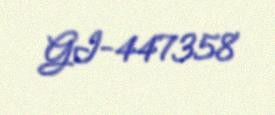
GI-447358